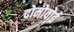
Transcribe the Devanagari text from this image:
दोमोवोई